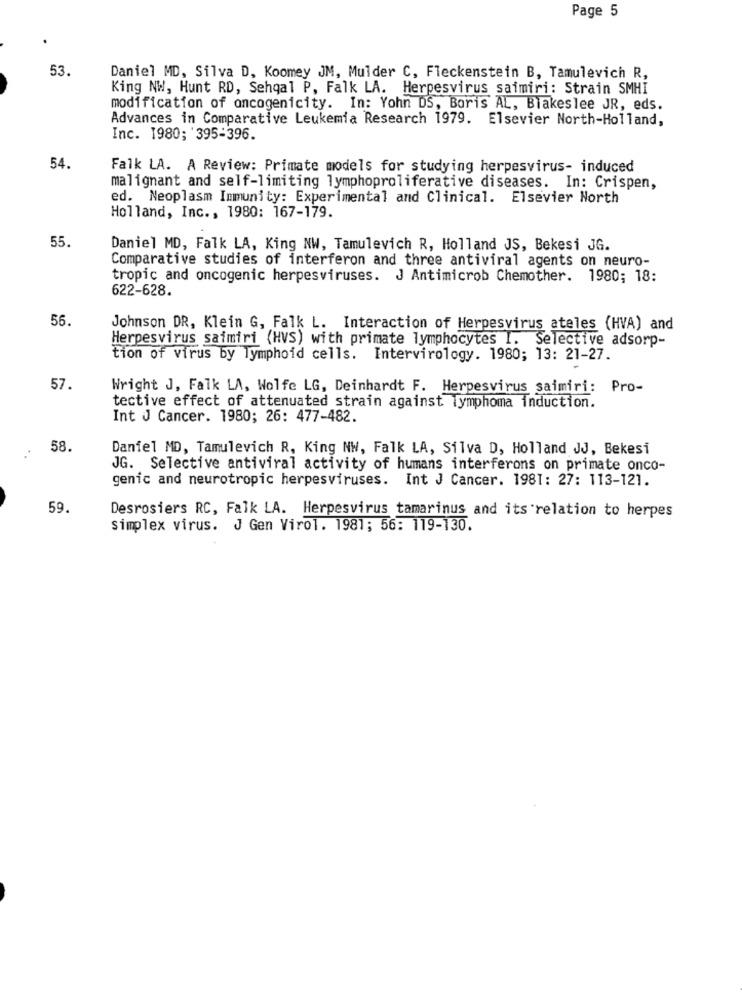
Page 5
53.
Daniel MD, Silva D, Koomey JM, Mulder C, Fleckenstein B, Tamulevich R,
King NW, Hunt RD, Sehgal P. Falk LA. Herpesvirus saimiri: Strain SMHI
modification of oncogenicity. In: Yohn DS, Boris AL, Blakeslee JR, eds.
Advances in Comparative Leukemia Research 1979. Elsevier North-Holland,
Inc. 1980; 395-396.
54.
Falk LA. A Review: Primate models for studying herpesvirus- induced
malignant and self-limiting lymphoproliferative diseases. In: Crispen,
ed. Neoplasm Immunity: Experimental and Clinical. Elsevier North
Holland, Inc ., 1980: 167-179.
55.
Daniel MD, Falk LA, King NW, Tamulevich R, Holland JS, Bekesi JG.
Comparative studies of interferon and three antiviral agents on neuro-
tropic and oncogenic herpesviruses. J Antimicrob Chemother. 1980; 18:
622-628.
56.
Johnson DR, Klein G, Falk L. Interaction of Herpesvirus ateles (HVA) and
Herpesvirus saimiri (HVS) with primate lymphocytes I. Selective adsorp-
tion of virus by lymphoid cells. Intervirology. 1980; 13: 21-27.
57.
Wright J, Falk LA, Wolfe LG, Deinhardt F. Herpesvirus saimiri: Pro-
tective effect of attenuated strain against lymphoma induction.
Int J Cancer. 1980; 26: 477-482.
58.
Daniel MD, Tamulevich R, King NW, Falk LA, Silva D, Holland JJ, Bekesi
JG. Selective antiviral activity of humans interferons on primate onco-
genic and neurotropic herpesviruses. Int J Cancer. 1981: 27: 113-121.
59.
Desrosiers RC, Falk LA. Herpesvirus tamarinus and its relation to herpes
simplex virus. J Gen Virol. 1981; 56: 119-130.